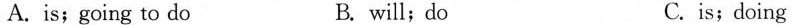
A.is;going to do B. will;do C.is;doing